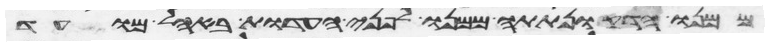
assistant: ממנו הדק ונתתה ממנו לפני העדות באהל מועד